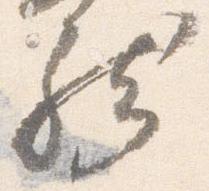
然